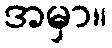
အမှာ။